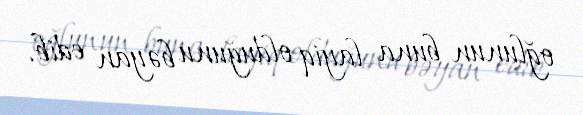
oğlunun buna layiq olduğunu bəyan edib.